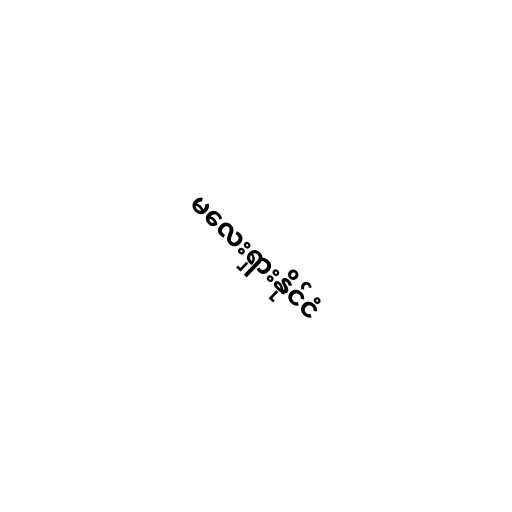
မလေးရှားနိုင်ငံ